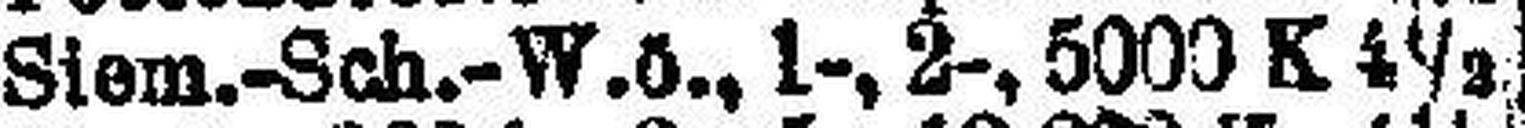
Stem.-Sch.-W. ö., 1-, 2-, 5000 K 4½